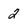
Character: 2